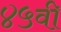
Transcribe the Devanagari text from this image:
४५वी